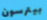
بيترسون